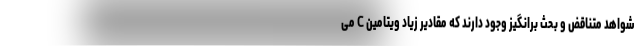
شواهد متناقض و بحث برانگیز وجود دارند که مقادیر زیاد ویتامین C می